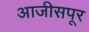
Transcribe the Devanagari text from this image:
आजीसपूर